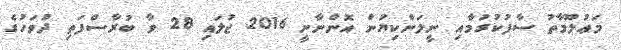
މަޢުލޫމާތު ސާފުކުރުމާއި ނީލަންކިޔުން އޮންނާނީ 2016 ޖުލައި 28 ވާ ބުރާސްފަތި ދުވަހުގެ